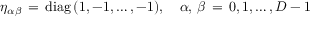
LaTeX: \eta _ { \alpha \beta } \, = \, \mathrm { d i a g } \, ( 1 , - 1 , \ldots , - 1 ) , \quad \alpha , \, \beta \, = \, 0 , 1 , \ldots , D - 1